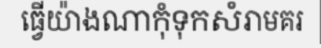
ធ្វើយ៉ាងណាកុំទុកសំរាមគរ